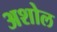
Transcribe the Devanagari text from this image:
अशोल